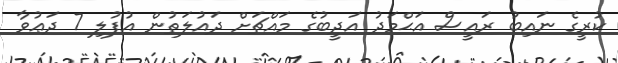
ކުރީގެ ނައިބު ރައީސް އަޙްމަދު އަދީބުގެ މައްޗަށް ދައުލަތުން އުފުލި 7 ދަޢުވާ